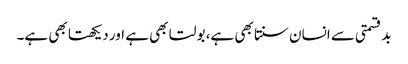
بدقسمتی سے انسان سنتا بھی ہے، بولتا بھی ہے اور دیکھتا بھی ہے۔